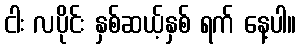
ငါး လပိုင်း နှစ်ဆယ့်နှစ် ရက် နေ့ပါ။